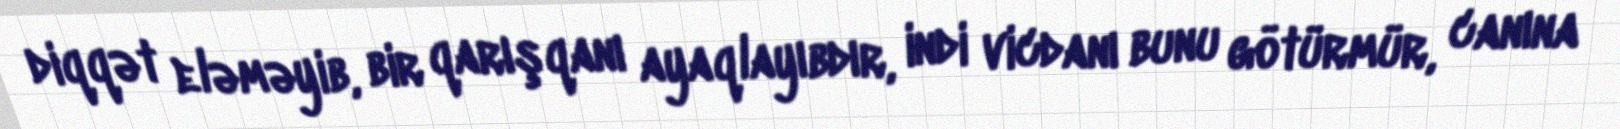
diqqət eləməyib, bir qarışqanı ayaqlayıbdır, indi vicdanı bunu götürmür, canına